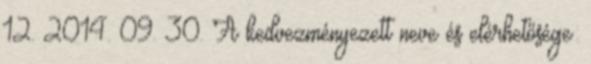
12. 2014. 09. 30. A kedvezményezett neve és elérhetősége: